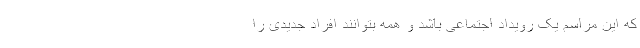
که این مراسم یک رویداد اجتماعی باشد و همه بتوانند افراد جدیدی را